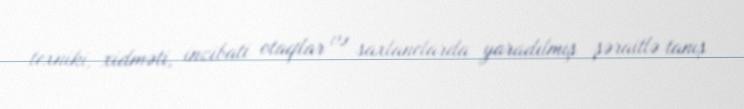
texniki, xidməti, inzibati otaqlar və saxlanclarda yaradılmış şəraitlə tanış